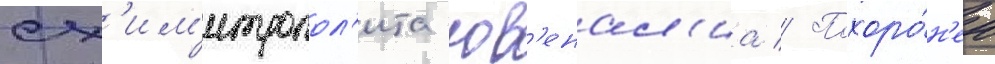
сх'им'итропол'ита юв'енал'иа // Похоро́н'ен